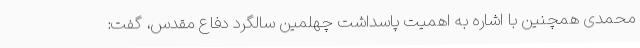
محمدی همچنین با اشاره به اهمیت پاسداشت چهلمین سالگرد دفاع مقدس، گفت: